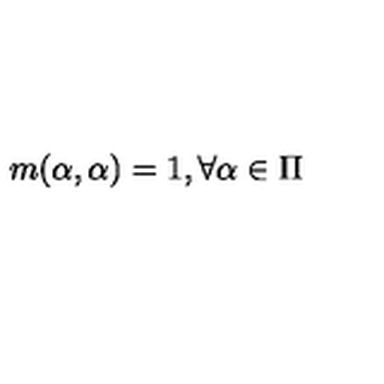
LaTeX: m ( \alpha , \alpha ) = 1 , \forall \alpha \in \Pi